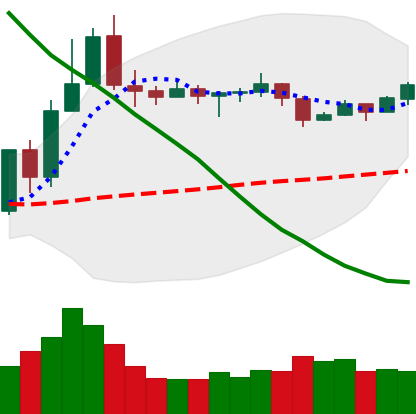
Ticker: TRX-USD
Chart end date: 2019-11-13
Forward return: -13.504%
Label: down_7plus